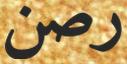
رصن